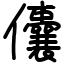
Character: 儾